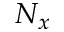
N _ { x }